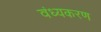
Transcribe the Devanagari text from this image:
वंध्यकरण